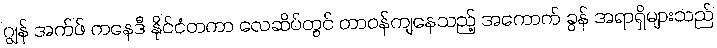
ဂျွန် အက်ဖ် ကနေဒီ နိုင်ငံတကာ လေဆိပ်တွင် တာဝန်ကျနေသည့် အကောက် ခွန် အရာရှိများသည်